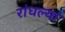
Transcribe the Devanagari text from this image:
रांधल्या